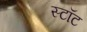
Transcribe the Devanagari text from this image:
स्टॉट